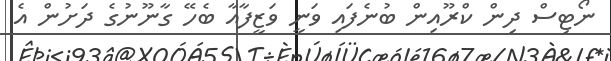
ނޯޓިސް ދިން ކްރޫއިން ބުނެފައި ވަނީ ވަޒީފާއާ ބެހޭ ގާނޫނުގެ ދަށުން އެ